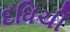
દધિચી